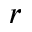
\boldsymbol { r }